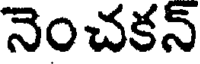
నెంచకన్